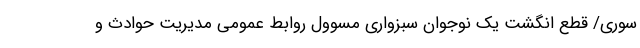
سوری/ قطع انگشت یک نوجوان سبزواری مسوول روابط عمومی مدیریت حوادث و